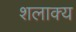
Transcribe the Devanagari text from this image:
शलाक्य